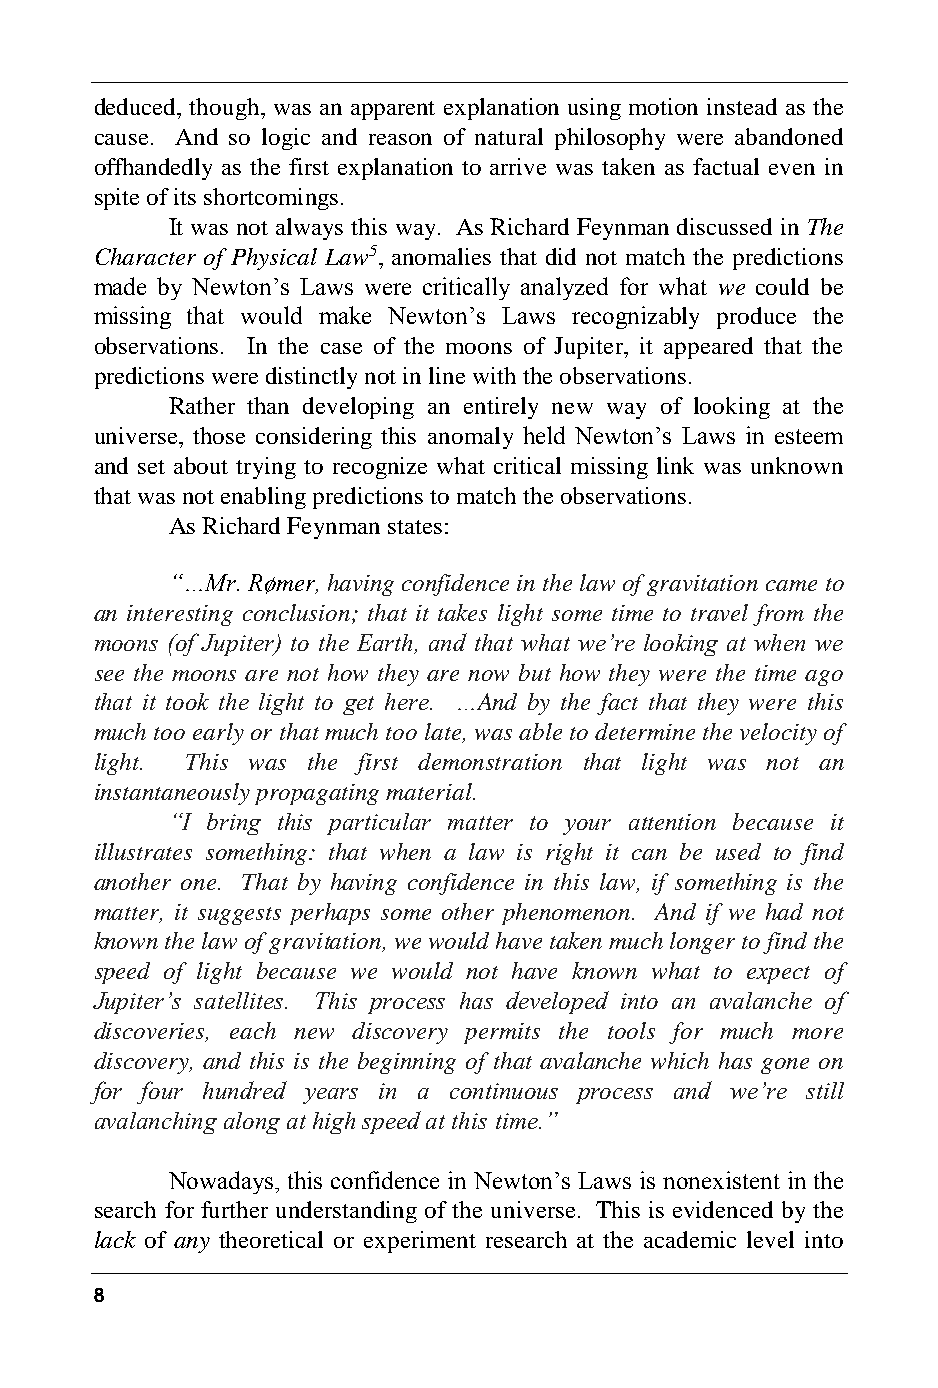
deduced, though, was an apparent explanation using motion instead as the
 cause. And so logic and reason of natural philosophy were abandoned
 offhandedly as the first explanation to arrive was taken as factual even in
 spite of its shortcomings.
 It was not always this way. As Richard Feynman discussed in The
 Character of Physical Law5, anomalies that did not match the predictions
 made by Newton’s Laws were critically analyzed for what we could be
 missing that would make Newton’s Laws recognizably produce the
 observations. In the case of the moons of Jupiter, it appeared that the
 predictions were distinctly not in line with the observations.
 Rather than developing an entirely new way of looking at the
 universe, those considering this anomaly held Newton’s Laws in esteem
 and set about trying to recognize what critical missing link was unknown
 that was not enabling predictions to match the observations.
 As Richard Feynman states:
 “…Mr. Rømer, having confidence in the law of gravitation came to
 an interesting conclusion; that it takes light some time to travel from the
 moons (of Jupiter) to the Earth, and that what we’re looking at when we
 see the moons are not how they are now but how they were the time ago
 that it took the light to get here. …And by the fact that they were this
 much too early or that much too late, was able to determine the velocity of
 light. This was the first demonstration that light was not an
 instantaneously propagating material.
 “I bring this particular matter to your attention because it
 illustrates something: that when a law is right it can be used to find
 another one. That by having confidence in this law, if something is the
 matter, it suggests perhaps some other phenomenon. And if we had not
 known the law of gravitation, we would have taken much longer to find the
 speed of light because we would not have known what to expect of
 Jupiter’s satellites. This process has developed into an avalanche of
 discoveries, each new discovery permits the tools for much more
 discovery, and this is the beginning of that avalanche which has gone on
 for four hundred years in a continuous process and we’re still
 avalanching along at high speed at this time.”
 Nowadays, this confidence in Newton’s Laws is nonexistent in the
 search for further understanding of the universe. This is evidenced by the
 lack of any theoretical or experiment research at the academic level into
 8